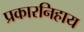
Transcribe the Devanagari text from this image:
प्रकारनिहाय